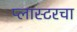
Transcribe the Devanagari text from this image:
प्लास्टरचा